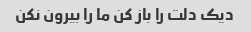
دیک دلت را باز کن ما را بیرون نکن